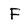
Character: F